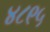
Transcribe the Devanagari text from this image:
४८९५